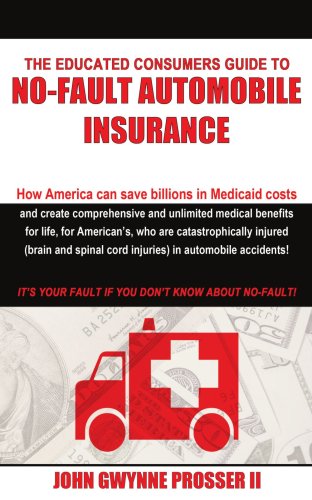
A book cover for The Educated Consumers Guide to No-Fault Automobile Insurance: How America can save billions in Medicaid costs and create comprehensive and unlimited ... cord injuries) in automobile accidents!; John Prosser; Engineering & Transportation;